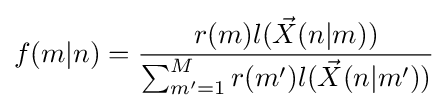
f(m|n)={\frac {r(m)l({\vec {X}}(n|m))}{\sum _{m'=1}^{M}{r(m')l({\vec {X}}(n|m'))}}}